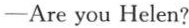
——Are you Helen?